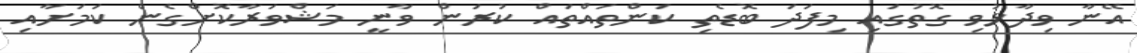
އޭނާ ވިދާޅުވި ގޮތުގައި މިފަދަ ބޮޑެތި ކަންތައްތައް ކުރަން ވާނީ މަޝްވަރާކޮށްގެން ކަމަށާއި